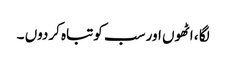
لگا ، اٹھوں اور سب کوتباہ کردوں ۔